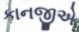
કાનજીએ